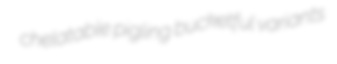
chelatable pigling bucketful variants